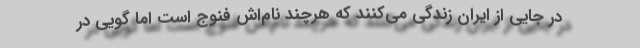
در جایی از ایران زندگی می‌کنند که هرچند نام‌اش فنوج است اما گویی در